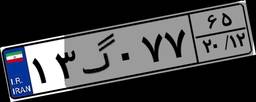
۳۲گ۱۵۱۵۶